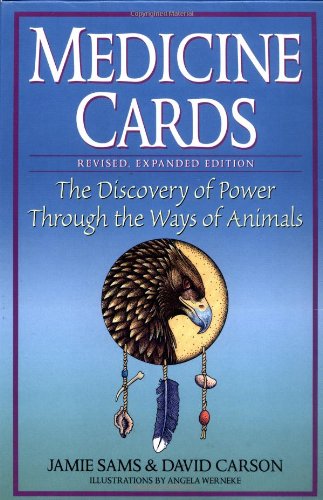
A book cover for Medicine Cards: The Discovery of Power Through the Ways of Animals; Jamie Sams; Religion & Spirituality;